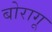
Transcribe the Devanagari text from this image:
बोरागू